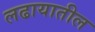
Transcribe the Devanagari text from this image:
लढायातील